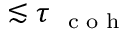
\lesssim \tau { _ { \mathrm { ~ \scriptsize ~ c ~ o ~ h ~ } } }